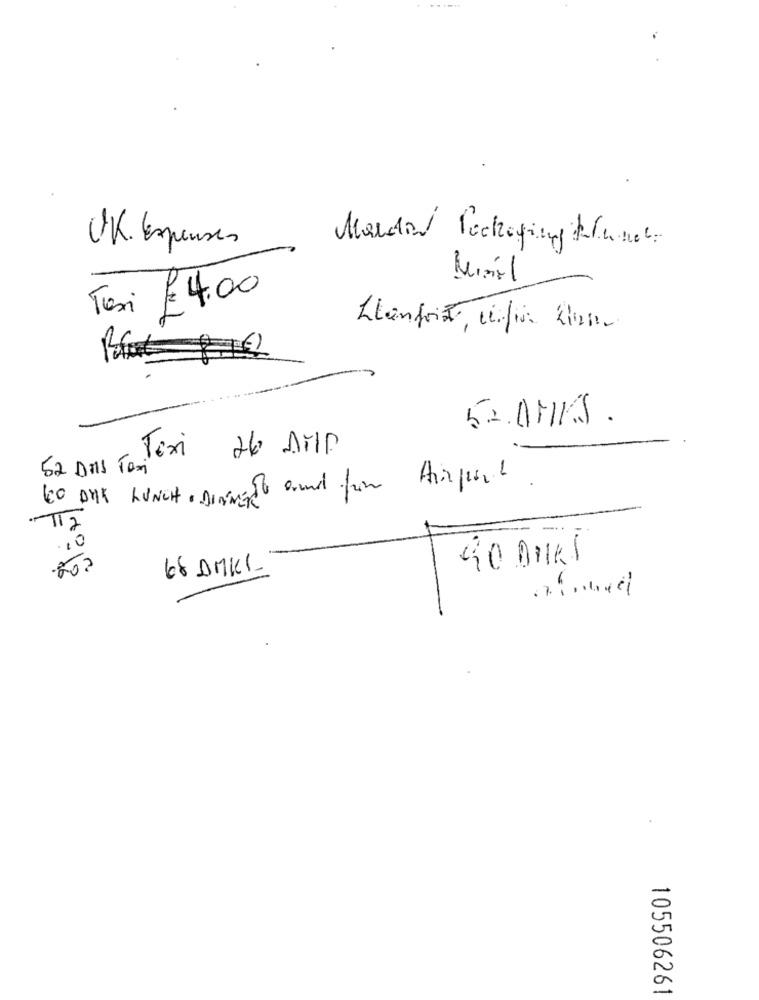
UK. Expenses
Mardin Packaging Kunde
Minil
Tesi € 4.00
Llanfort, infir Zione
52 OMKS.
26 AMP
Taxi
52 Das Tom
To and from Airport .
60 DAK LUNCH , DINNER
.10
90 DIKS
202
68 AMKL
105506261